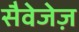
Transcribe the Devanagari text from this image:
सैवेजेज़